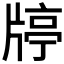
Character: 𤗞